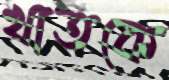
খাতকে